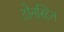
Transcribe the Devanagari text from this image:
टोनस्टिन